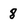
Character: 8